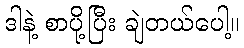
ဒါနဲ့ စာပို့ပြီး ချဲတယ်ပေါ့။